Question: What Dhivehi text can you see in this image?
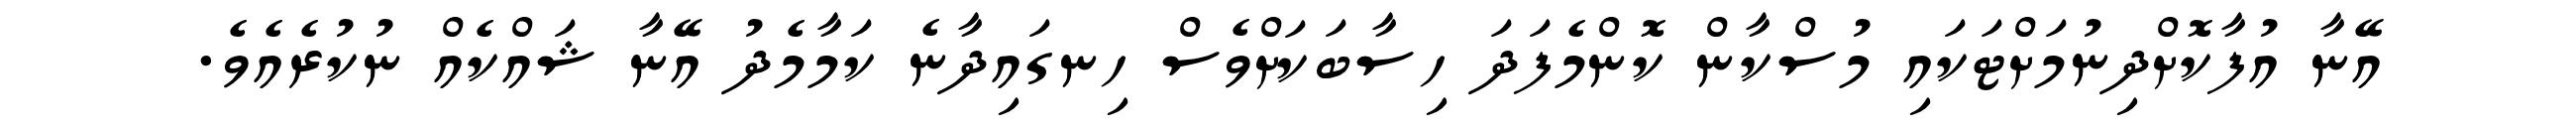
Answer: އޭނާ އުފާކޮށްދިނުމަށްޓަކައި މުސްކާން ކޮންމެފަދަ ހިސާބަކަށްވެސް ހިނގައިދާނެ ކަމާމެދު އޭނާ ޝައްކެއް ނުކުރެއެވެ.